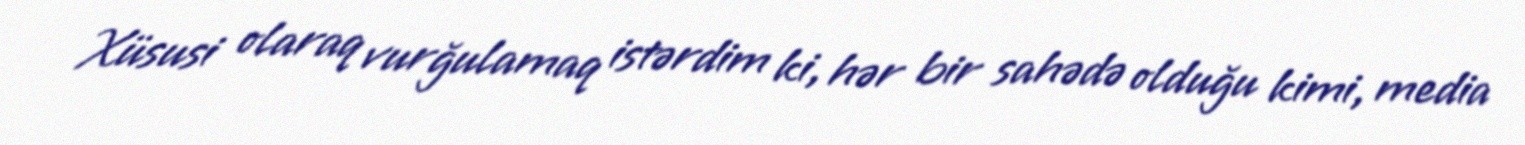
Xüsusi olaraq vurğulamaq istərdim ki, hər bir sahədə olduğu kimi, media